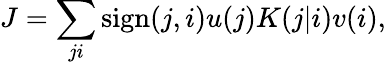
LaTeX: J=\sum_{ji}\mathrm{sign}(j,i)u(j)K(j|i)v(i),